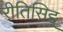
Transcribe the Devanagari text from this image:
रीतिसिद्द्